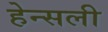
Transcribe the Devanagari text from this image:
हेन्सली